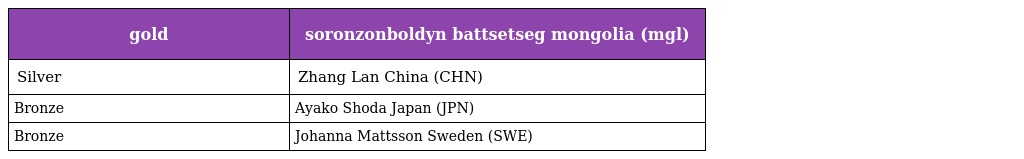
| gold | soronzonboldyn battsetseg mongolia (mgl) |
 | --- | --- |
 | Silver | Zhang Lan China (CHN) |
 | Bronze | Ayako Shoda Japan (JPN) |
 | Bronze | Johanna Mattsson Sweden (SWE) |